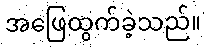
အဖြေထွက်ခဲ့သည်။